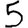
Digit: 5